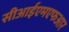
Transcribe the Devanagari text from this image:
सीआईएमएफआर